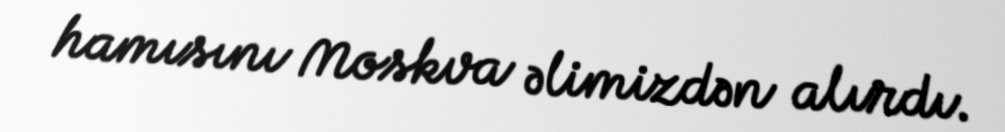
hamısını Moskva əlimizdən alırdı.